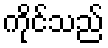
ကိုင်သည်